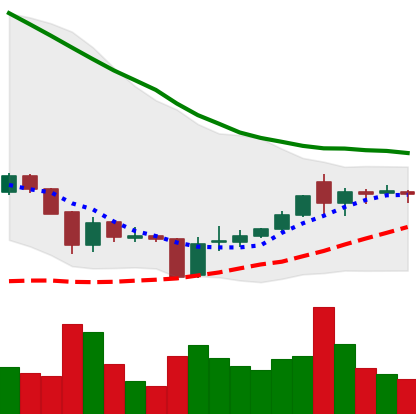
Ticker: XRP-USD
Chart end date: 2018-06-08
Forward return: -20.713%
Label: down_7plus